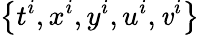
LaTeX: \left\{ t^{i},x^{i},y^{i},u^{i},\mathit{v}^{i}\right\}